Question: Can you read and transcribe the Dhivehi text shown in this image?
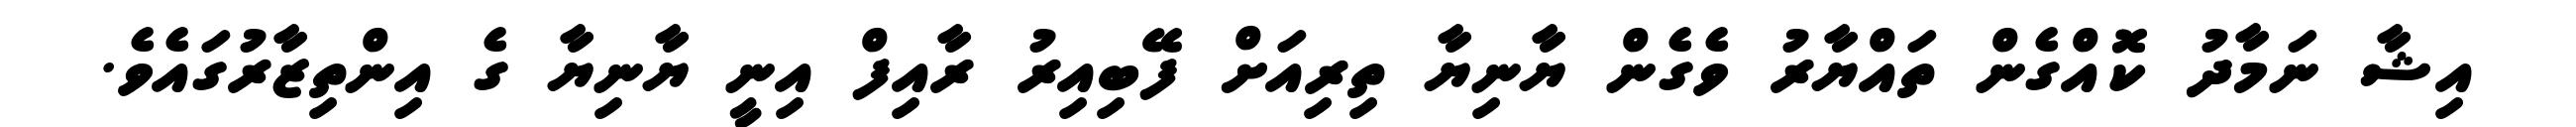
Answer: އިޝާ ނަމާދު ކޮއްގެން ތައްޔާރު ވެގެން ޔާނިޔާ ތިރިއަށް ފޭބިއިރު ރާއިފް އިނީ ޔާނިޔާ ގެ އިންތިޒާރުގައެވެ.